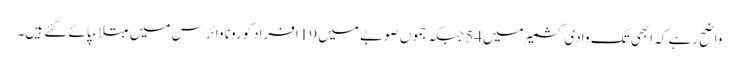
واضح رہے کہ ابھی تک وادی کشمیر میں54جبکہ جموں صوبے میں 19افرادکورونا وائرس میں مبتلاءپائے گئے ہیں۔